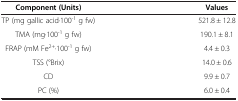
| Component (Units) | Values |
 | --- | --- |
 | TP (mg gallic acid·100-1 g fw) | 521.8 ± 12.8 |
 | TMA (mg·100-1 g fw) | 190.1 ± 8.1 |
 | FRAP (mM Fe2+·100-1 g fw) | 4.4 ± 0.3 |
 | TSS (°Brix) | 14.0 ± 0.6 |
 | CD | 9.9 ± 0.7 |
 | PC (%) | 6.0 ± 0.4 |